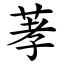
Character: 䓔